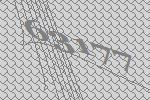
63177